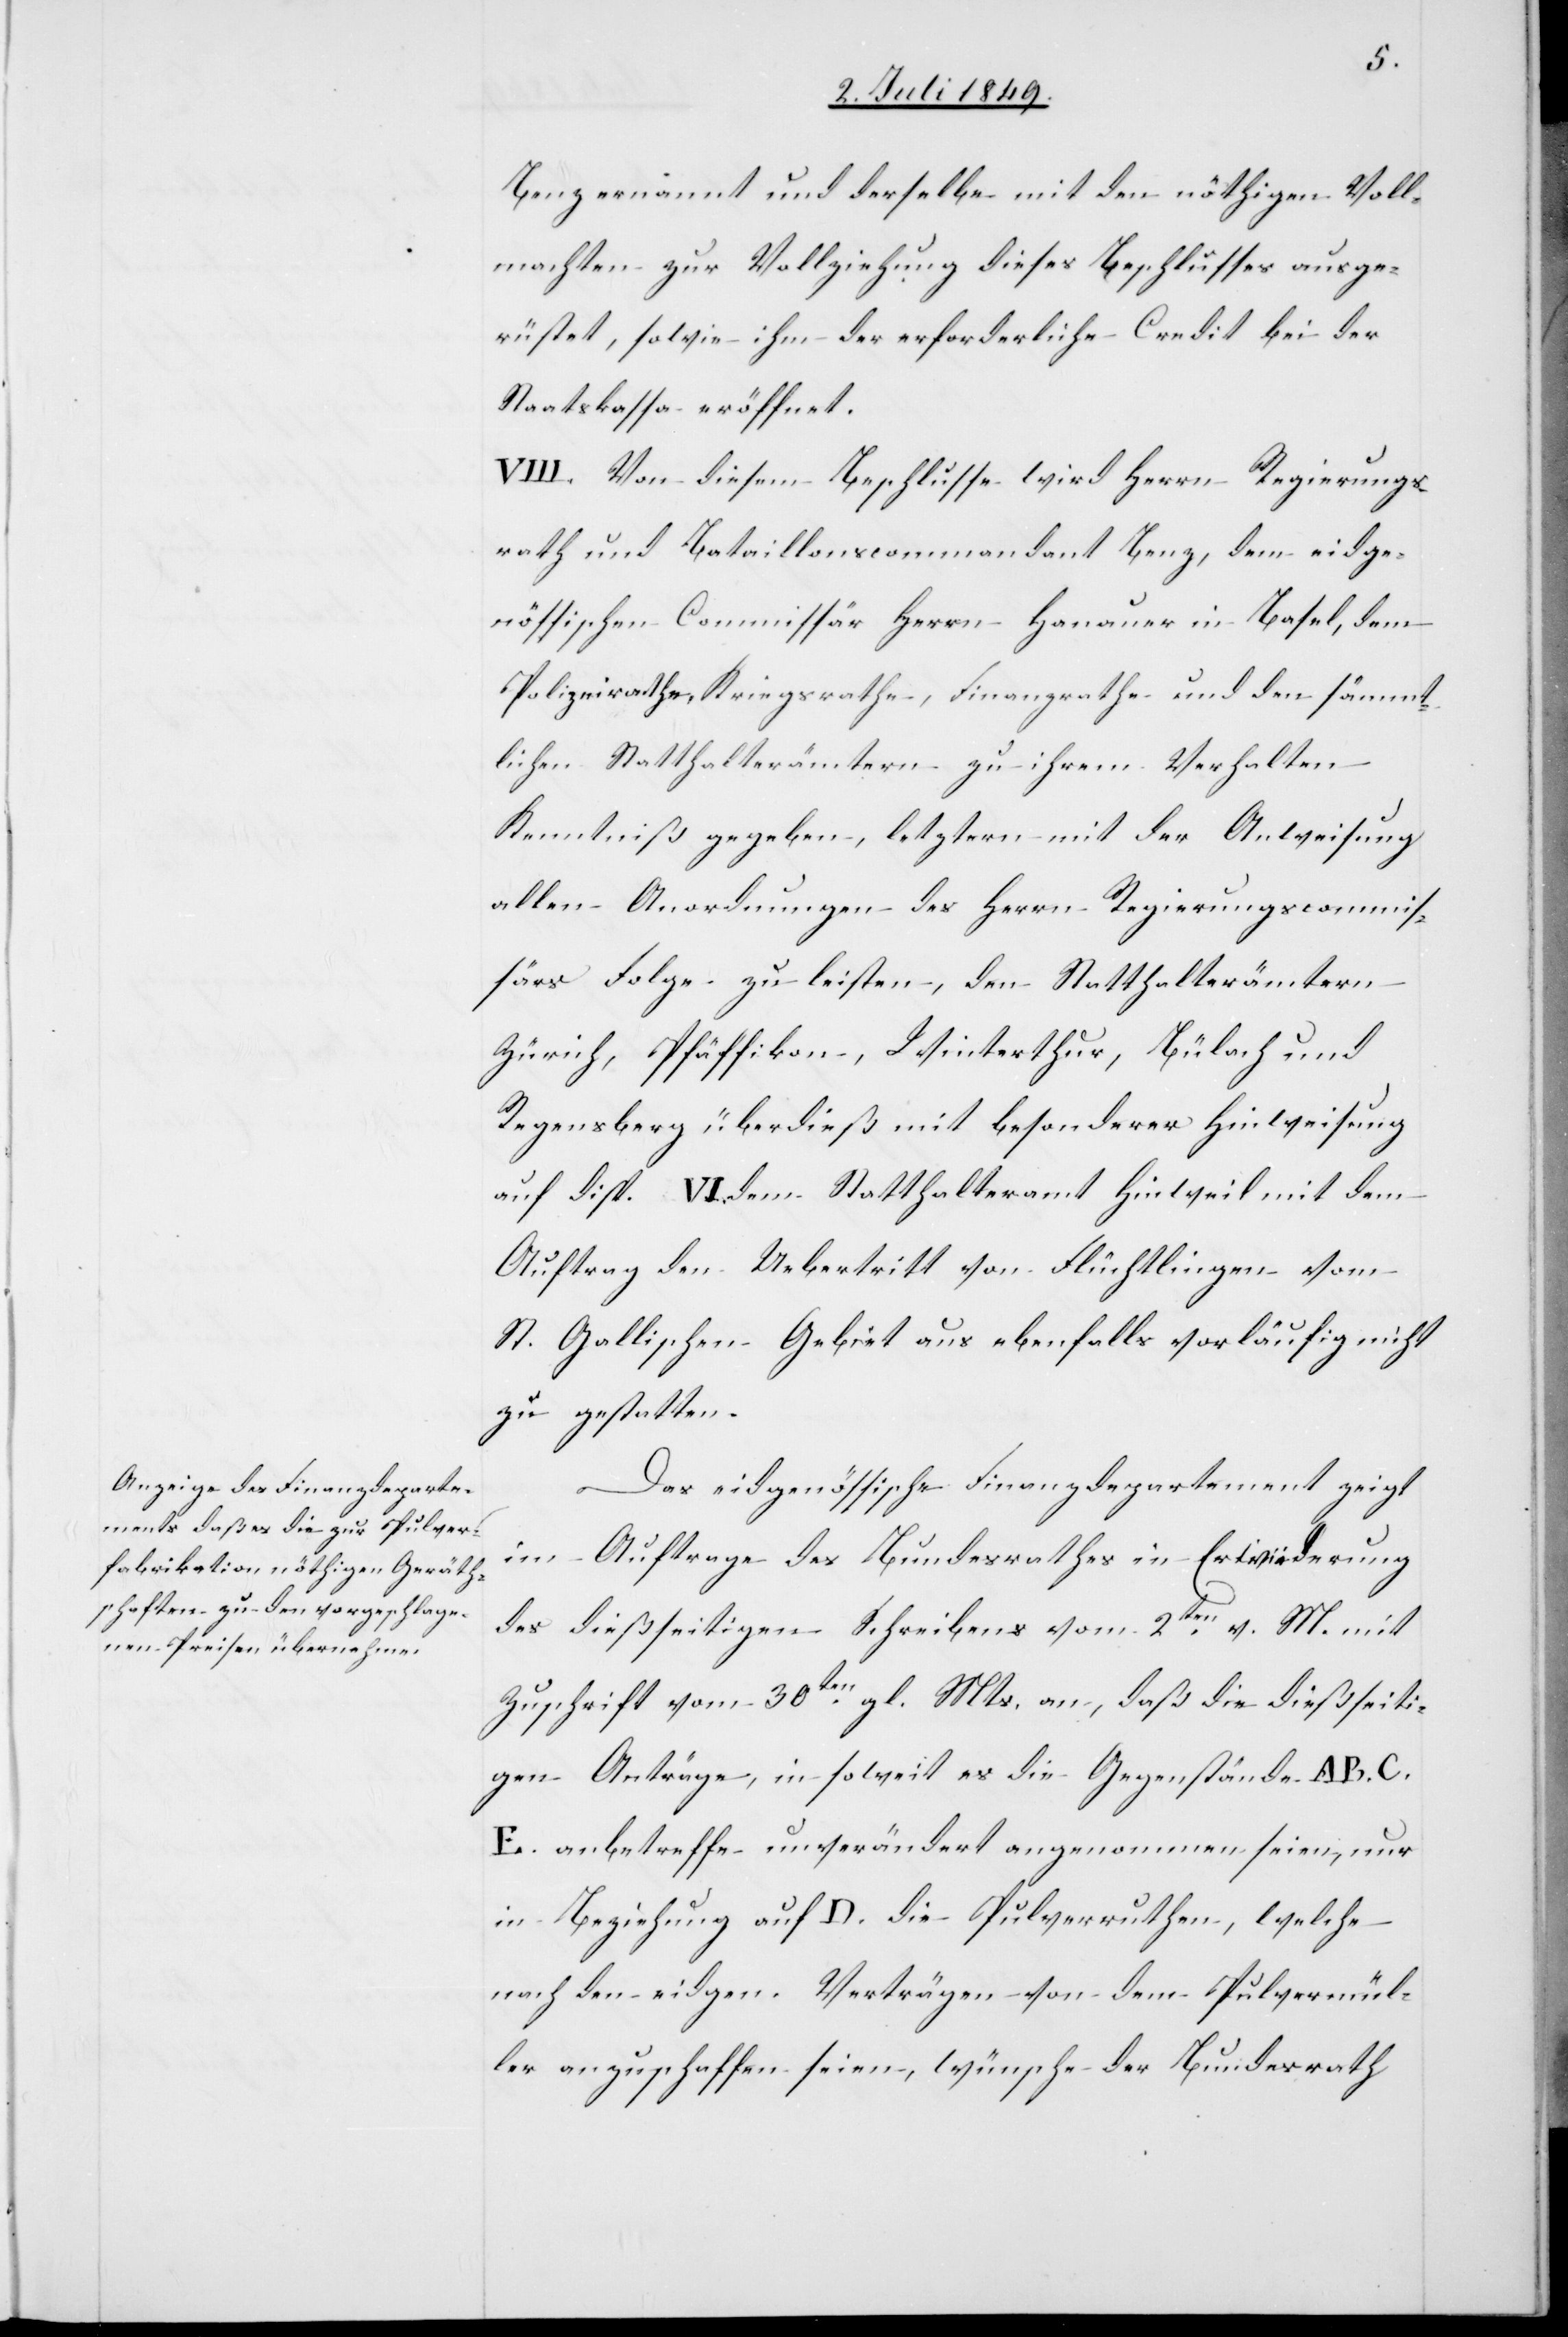
Benz ernannt und derselbe mit den nöthigen Voll¬
machten zur Vollziehung dieses Beschlusses ausge¬
rüstet, sowie ihm der erforderliche Credit bei der
Staatskassa eröffnet.
VIII. Von diesem Beschlusse wird Herrn Regierungs¬
rath und Bataillonscommandant Benz, dem eidge¬
nössischen Commissär Herrn Hanauer in Basel, dem
Polizeirathe, Kriegsrathe, Finanzrathe und den sämmt¬
lichen Statthalterämtern zu ihrem Verhalten
Kenntniß gegeben, letztern mit der Anweisung
allen Anordnungen des Herrn Regierungscommis¬
särs Folge zu leisten, den Statthalterämtern
Zürich, Pfäffikon, Winterthur, Bülach und
Regensberg überdieß mit besonderer Hinweisung
auf disp. VI.[,] dem Statthalteramt Hinweil mit dem
Auftrag[,] den Uebertritt von Flüchtlingen vom
St. Gallischen Gebiet aus ebenfalls vorläufig nicht
zu gestatten.
Das eidgenössische Finanzdepartement zeigt
im Auftrage des Bundesrathes in Erwiederung
des dießseitigen Schreibens vom 2ten v. M. mit
Zuschrift vom 30ten gl. Mts. an, daß die dießseiti¬
gen Anträge, in soweit es die Gegenstände A. B.
E. anbetreffe unverändert angenommen seien, nur
in Beziehung auf D. die Pulverruthen, welche
nach den eidgen. Verträgen von dem Pulvermül¬
ler anzuschaffen seien, wünsche der Bundesrath